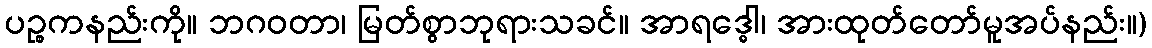
ပဉ္စကနည်းကို။ ဘဂဝတာ၊ မြတ်စွာဘုရားသခင်။ အာရဒ္ဓေါ၊ အားထုတ်တော်မူအပ်နည်း။)